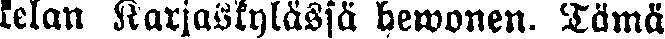
kelan Karjaskylässä hewonen. Tämä